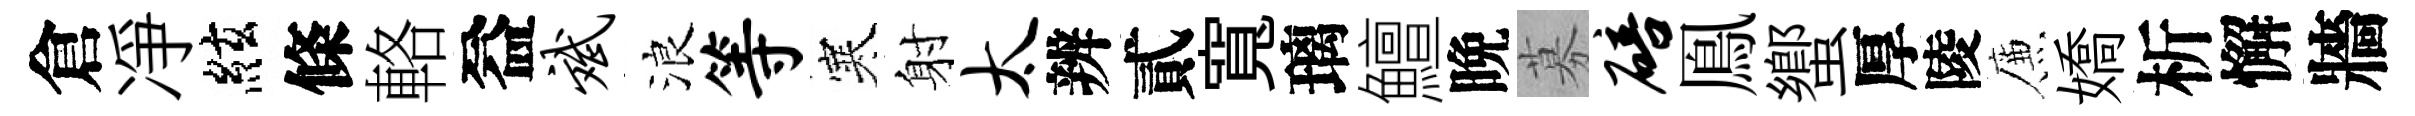
倉凈絃條輅益斌浪等寒射太辨貳寬璃鱣晩募碚鳯蠁厚陵簾嬌析懈牆